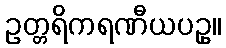
ဥတ္တရိကရဏီယပဥှ။